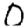
Digit: 0